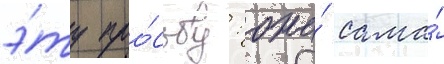
э́ту про́сьбу: она́ сама́